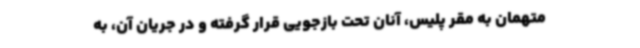
متهمان به مقر پلیس، آنان تحت بازجویی قرار گرفته و در جریان آن، به